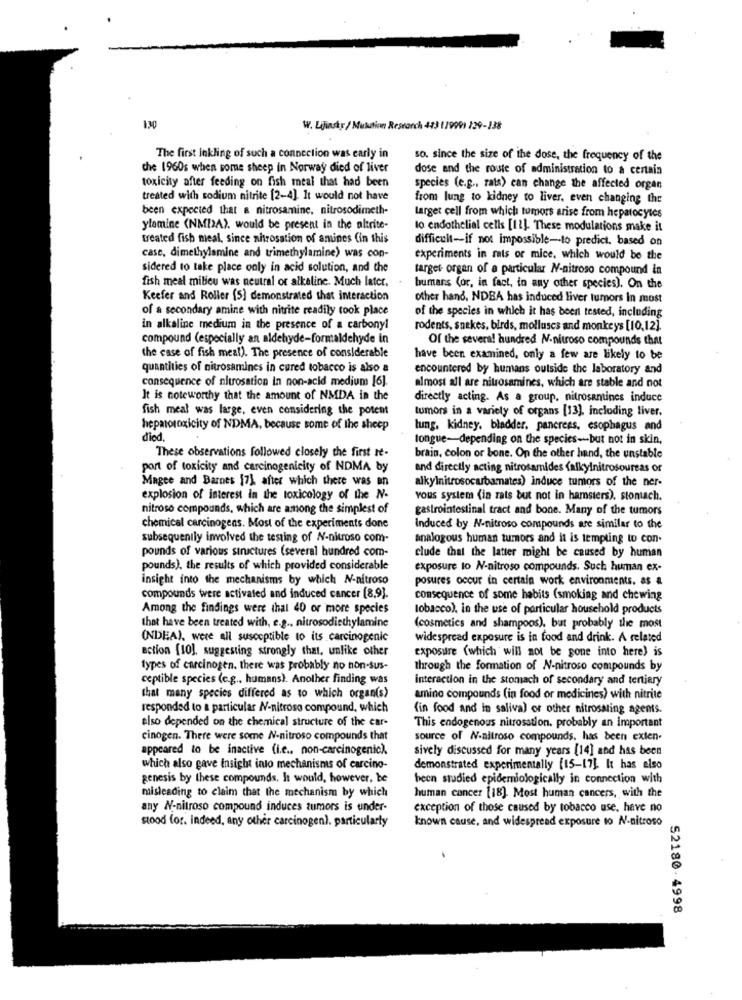
130
W. Lijinsky/ Mutation Research 413 179991 129-138
The first inkling of such a connection was early in
so. since the size of the dose, the frequency of the
che 1960s when some sheep in Norway died of liver
dose and the route of administration to a certain
toxicity after feeding on fish meal that had been
species (e.g ., rats) can change the affected organ
treated with sodium nitrite [2-4]. It would not have
from lung to kidney to liver, even changing the
been expected that a nitrosamine, nitrosodimeth-
larget cell from which tumors arise from hepatocytes
ylamine (NMIA), would be present in the altrite-
to endothelial cells [12]- These modulations make it
treated fish meal, since nitrosation of anunes Cin this
difficult -- if not impossible-to predict, based on
case, dimethylamine and trimethylamine) was con-
experiments in rats or mice, which would be the
sidered to take place only in acid solution, and the
target- organ of a particular N-nitroso compound in
fish meal milieu was neutral or alkaline. Much later.
bumars (or, in fact, in any other species). On the
Keefer and Roller (S) demonstrated that interaction
other hand, NDBA has induced liver tumors in most
of a secondary amine with nitrite readily took place
of the species in which it has been tested, including
in alkaline medium in the presence of a carbonyl
rodents, snakes, birds, molluscs and monkeys [10,12].
compound (especially an aldehyde-formaldehyde in
Of the several hundred N-nitroso compounds that
the case of fish meal). The presence of considerable
have been examined, only a few are likely to be
quantities of nitrosamines in cured tobacco is also a
encountered by humans outside the laboratory and
consequence of nitrosation In non-acid medium [6].
almost all are nitrosamines, which are stable and not
It is noteworthy that the amount of NMDA in the
directly acting. As a group. nitrosantines induce
fish meal was large, even considering the potent
tumors in a variety of organs [13]. including liver.
hepmoroxicity of NDMA, because some of the sheep
lung, kidney. bladder. pancreas, esophagus and
died
tongue-depending on the species --- but not in skin,
These observations followed closely the first It-
brain, colon or bone. On the other hand, the unstable
port of toxicity and carcinogenicity of NDMA by
and directly acting nitrosamides (alkylnitrosoureas or
Magee and Barnes [7] after which there was an
alkylnitrosocarbamates) induce tumors of the ner-
explosion of interest in the toxicology of the N.
vous system (in rats but not in hamsters), stomach.
nitroso compounds, which are among the simplest of
gastrointestinal tract and bone. Many of the tumors
chemical carcinogens. Most of the experiments done
Induced by N-nitroso compounds are similar to the
subsequently involved the testing of N-nitroso com-
analogous human tumors and it is tempting to con.
pounds of various structures (several hundred com-
clude that the latter might be caused by human
pounds), the results of which provided considerable
exposure to N-nitroso compounds. Such human ex-
insight into the mechanisms by which N-nitroso
posures occur in certain work environments. as a
compounds were activated and induced cancer [8,9).
consequence of some habits (smoking and chewing
Among the findings were thal 40 or more species
tobacco). in the use of particular household products
that have been treated with, e.g ., nitrosodiethylamine
(cosmetics and shampoos), but probably the most
(NDEA), were all susceptible to its carcinogenic
widespread exposure is in food and drink. A related
action [10], suggesting strongly that, unlike other
exposure (which will not be gone into here) is
types of carcinogen. there was probably no non-sus-
through the formation of N-nitroso compounds by
ceptible species (e.g ., humans). Another finding was
interaction in the stomach of secondary and tertiary
that many species differed as to which organ(s)
amino compounds (in food or medicines) with nitrite
responded to a particular N-nitroso compound, which
(in food and in saliva) or other nitrosating agents.
also depended on the chemical structure of the car-
This endogenous nitrosation. probably an important
cinogen. There were some N-nitroso compounds that
source of N-nitroso compounds, has been exten-
appeared to be inactive (i.e .. non-carcinogenic).
sively discussed for many years [14] and has been
which also gave Insight into mechanisms of carcino-
demonstrated experimentally (15-17]. It has also
genesis by these compounds. It would, however, be
been studied epidemiologically in connection with
misleading to claim that the mechanism by which
human cancer [18]. Most human cancers, with the
any N-nitroso compound induces tumors is under-
exception of those caused by tobacco use, have no
stood for. indeed, any other carcinogen), particularly
known cause, and widespread exposure to N-nitroso
52180.4998